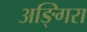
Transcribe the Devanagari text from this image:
अङ्गिरा